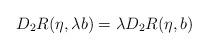
LaTeX: \begin{align*} D_2R(\eta,\lambda b) = \lambda D_2R(\eta,b) \end{align*}